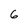
Character: 6